Vaccination in Bombay 1902-1912 - 1902-1912
Year: 1902
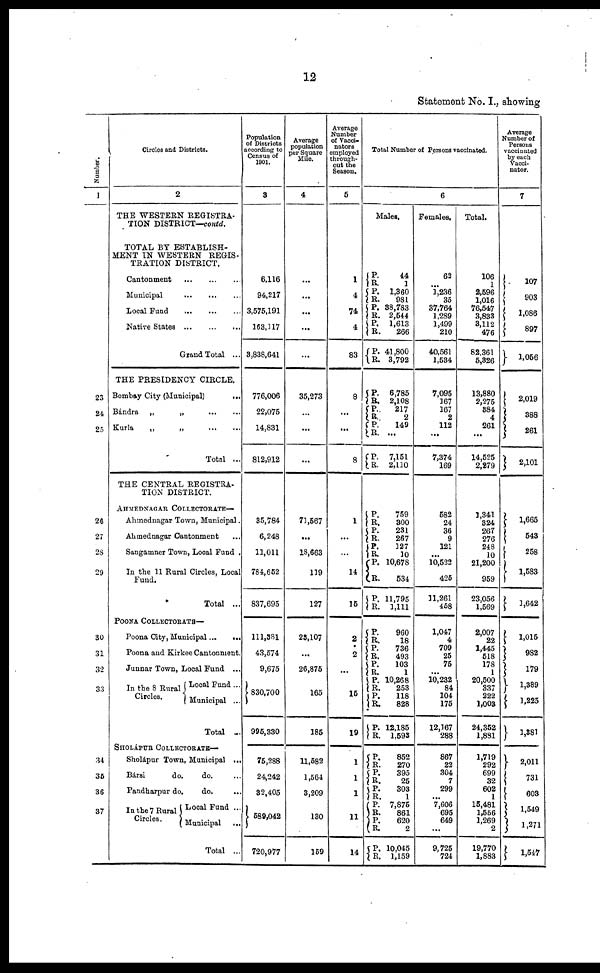
12
Statement No. I., showing
Number.
1
23
24
25
26
27
28
29
30
31
32
33
34
35
36
37
Circles and Districts.
2
THE WESTERN REGISTRA-
TION DISTRICT—contd.
TOTAL BY ESTABLISH-
MENT IN WESTERN REGIS-
TRATION DISTRICT.
Cantonment
...
...
...
Municipal
...
...
...
Local Fund ... ... ... ...
Native States
...
...
...
Grand Total ...
THE PRESIDENCY CIRCLE.
Bombay City (Municipal)
...
Bándra „
„
...
...
Kurla
„
„ ... ...
Total ...
THE CENTRAL REGISTRA-
TION DISTRICT.
AHMEDNAGAR COLLECTORATE—
Ahmednagar Town, Municipal.
Ahmednagar Cantonment ...
Sangamner Town, Local Fund .
In the 11 Rural Circles, Local
Fund.
Total ...
POONA COLLECTORATE—
Poona City, Municipal...
...
Poona and Kirkee Cantonment.
Junnar Town, Local Fund ...
In the 8 Rural
Circles.
Local Fund ...
Municipal ...
Total ...
SHOLÁPUR COLLECTORATE—
Sholápur Town, Municipal ...
Bársi
do.
do. ...
Pandharpur do.
do.
...
In the 7 Rural
Circles.
Local Fund ...
Municipal
...
Total ...
Population
of Districts
according to
Census of
1901.
3
6,116
94,217
3,575,191
163,117
3,838,641
776,006
22,075
14,831
812,912
35,784
6,248
11,011
784,652
837,695
111,381
43,574
9,675
830,700
995,330
75,288
24,242
32,405
589,042
720,977
Average
population
per Square
Mile.
4
...
...
...
...
...
35,273
...
...
...
71,567
...
18,663
119
127
23,107
...
26,875
165
185
11,582
1,564
3,209
130
159
Average
Number
of Vacci¬
nators
employed
through-
out the
Season.
5
1
4
74
4
83
8
...
...
8
1
...
...
14
15
2
2
...
15
19
1
1
1
11
14
Total Number of Persons vaccinated.
6
Males.
P.
R. P.
P.
P.
R.
P.
R.
P.
R.
44
1
1,360
981
38,783
2,544
1,613
266
41,800
3,792
P.
R.
P.
R. P.
R.
P.
R.
6,785
2,108
217
2
149
...
7,151
2,110
P.
R.
P.
R.
P.
R.
P.
R.
P.
R.
759
300
231
267
127
10
10,678
534
11,795
1,111
P. R.
P.
R.
P.
R.
P.
R.
P.
R.
P.
R.
960
18
736
493
103
1
10,268
253
118
828
12,185
1,593
P. R.
P.
R.
P.
R. P.
R.
P.
P.
P.
R.
852
270
395
25
303
1
7,875
861
620
2
10,045
1,159
Females,
62
...
1,236
35
37,764
1,289
1,499
210
40,561
1,534
7,095
167
167
2
112
...
7,374
169
582
24
36
9
121
...
10,522
425
11,261
458
1,047
4
709
25
75
...
10,232
84
104
175
12,167
288
867
22
304
7
299
...
7,606
695
649
...
9,725
724
Total.
106
1
2,596
1,016
76,547
3,833
3,112
476
82,361
5,326
13,880
2,275
384
4
261
...
14,525
2,279
1,341
324
267
276
248
10
21,200
959
23,056
1,569
2,007
22
1,445
518
178
1
20,500
337
222
1,003
24,352
1,881
1,719
292
699
32
602
1
15,481
1,556
1,269
2
19,770
1,883
Average
Number of
Persons
vaccinated
by each
Vacci¬
nator.
7
107
903
1,086
897
1,056
2,019
388
261
2,101
1,665
543
258
1,583
1,642
1,015
982
179
1,389
1,225
1,381
2,011
731
603
1,549
1,271
1,547